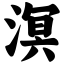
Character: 溟